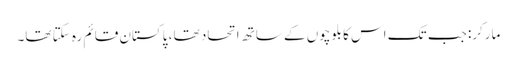
مارکر: جب تک اس کا بلوچوں کے ساتھ اتحاد تھا ، پاکستان قائم رہ سکتا تھا۔